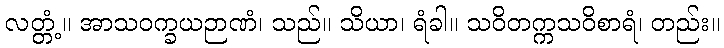
လတ္တံ့။ အာသဝက္ခယဉာဏံ၊ သည်။ သိယာ၊ ရံခါ။ သဝိတက္ကသဝိစာရံ၊ တည်း။